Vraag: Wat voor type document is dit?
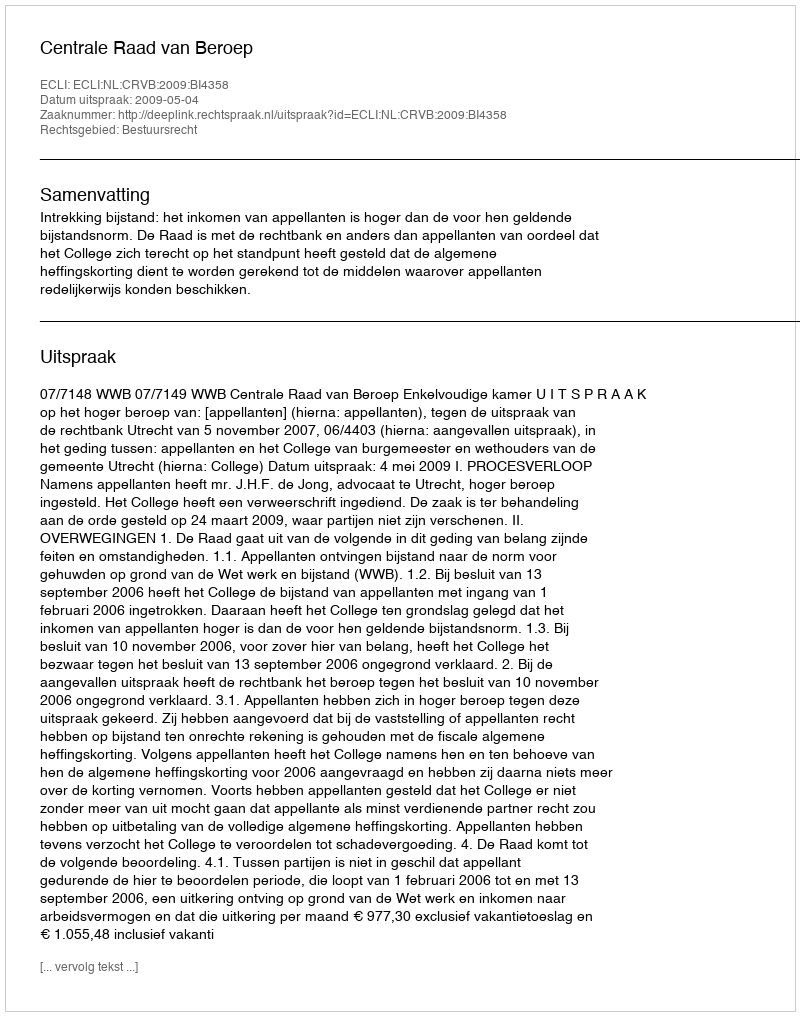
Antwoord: Uitspraak